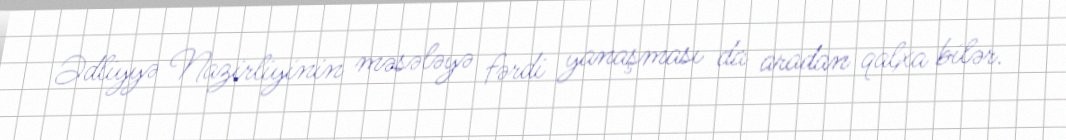
Ədliyyə Nazirliyinin məsələyə fərdi yanaşması da aradan qalxa bilər.